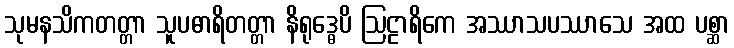
သုမနသိကတတ္တာ သူပဓာရိတတ္တာ နိရုဒ္ဓေပိ ဩဠာရိကေ အဿာသပဿာသေ အထ ပစ္ဆာ